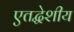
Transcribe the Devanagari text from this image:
एतद्धेशीय